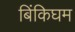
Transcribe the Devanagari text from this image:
बिंकिघम